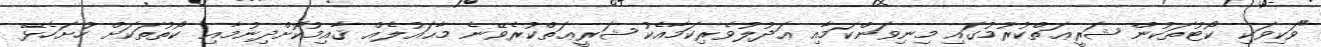
"ވަކިވަކި ކޯޓުތަކުން ޝަރީޢަތްކުރުމުގައި މިނިވަންކަމާއި ޢަދުލުވެރިކަމާއެކު ޝަރީޢަތްކުރެވޭނެ މާޙައުލެއް ޤާއިމުކޮށްދިނުމާއި ކޯތުތަކަށް ހުށަހެޅޭ